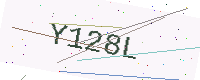
Text: Y128L